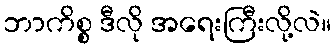
ဘာကိစ္စ ဒီလို အရေးကြီးလို့လဲ။